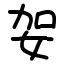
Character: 妿